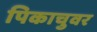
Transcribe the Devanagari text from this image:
पिकाचुवर